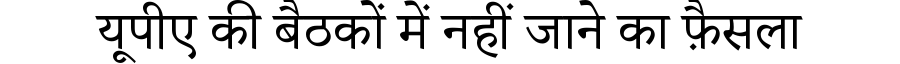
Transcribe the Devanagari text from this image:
यूपीए की बैठकों में नहीं जाने का फ़ैसला